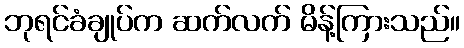
ဘုရင်ခံချုပ်က ဆက်လက် မိန့်ကြားသည်။